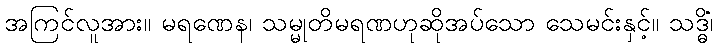
အကြင်လူအား။ မရဏေန၊ သမ္မုတိမရဏဟုဆိုအပ်သော သေမင်းနှင့်။ သဒ္ဓိံ၊